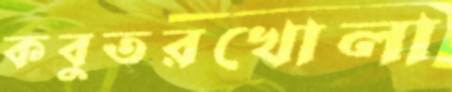
কবুতরখোলা